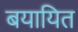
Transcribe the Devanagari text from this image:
बयायित